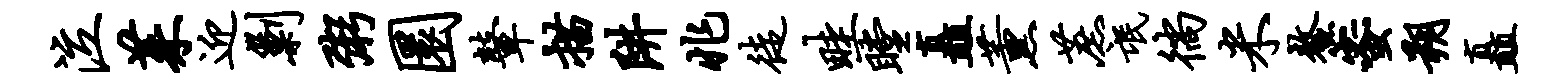
泣茱迎剿粥圜鼙描阱兆徒畦瞠矗薰蔗氓徜米鳌蜜朔矗